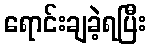
ရောင်းချခဲ့ရပြီး